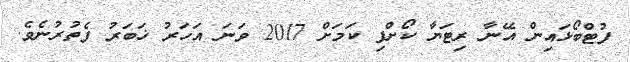
ފުޓްބޯޅައިން އޭނާ ރިޓަޔާ ކޯށްފި ކަމަށް 2017 ވަނަ އަހަރު ޚަބަރު ފެތުރުނެވެ.